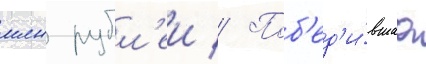
млн рубл'еи // Поб'ед'и́вшаа